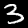
Digit: 3